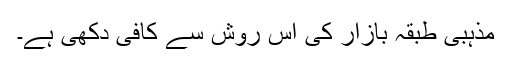
مذہبی طبقہ بازار کی اس روش سے کافی دکھی ہے۔